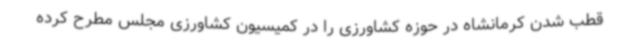
قطب شدن کرمانشاه در حوزه کشاورزی را در کمیسیون کشاورزی مجلس مطرح کرده